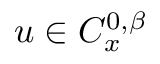
u \in C _ { x } ^ { 0 , \beta }